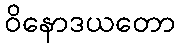
ဝိနောဒယတော